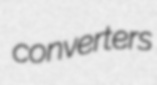
converters